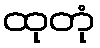
ထုတုံ